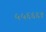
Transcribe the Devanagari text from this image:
५५६६६१